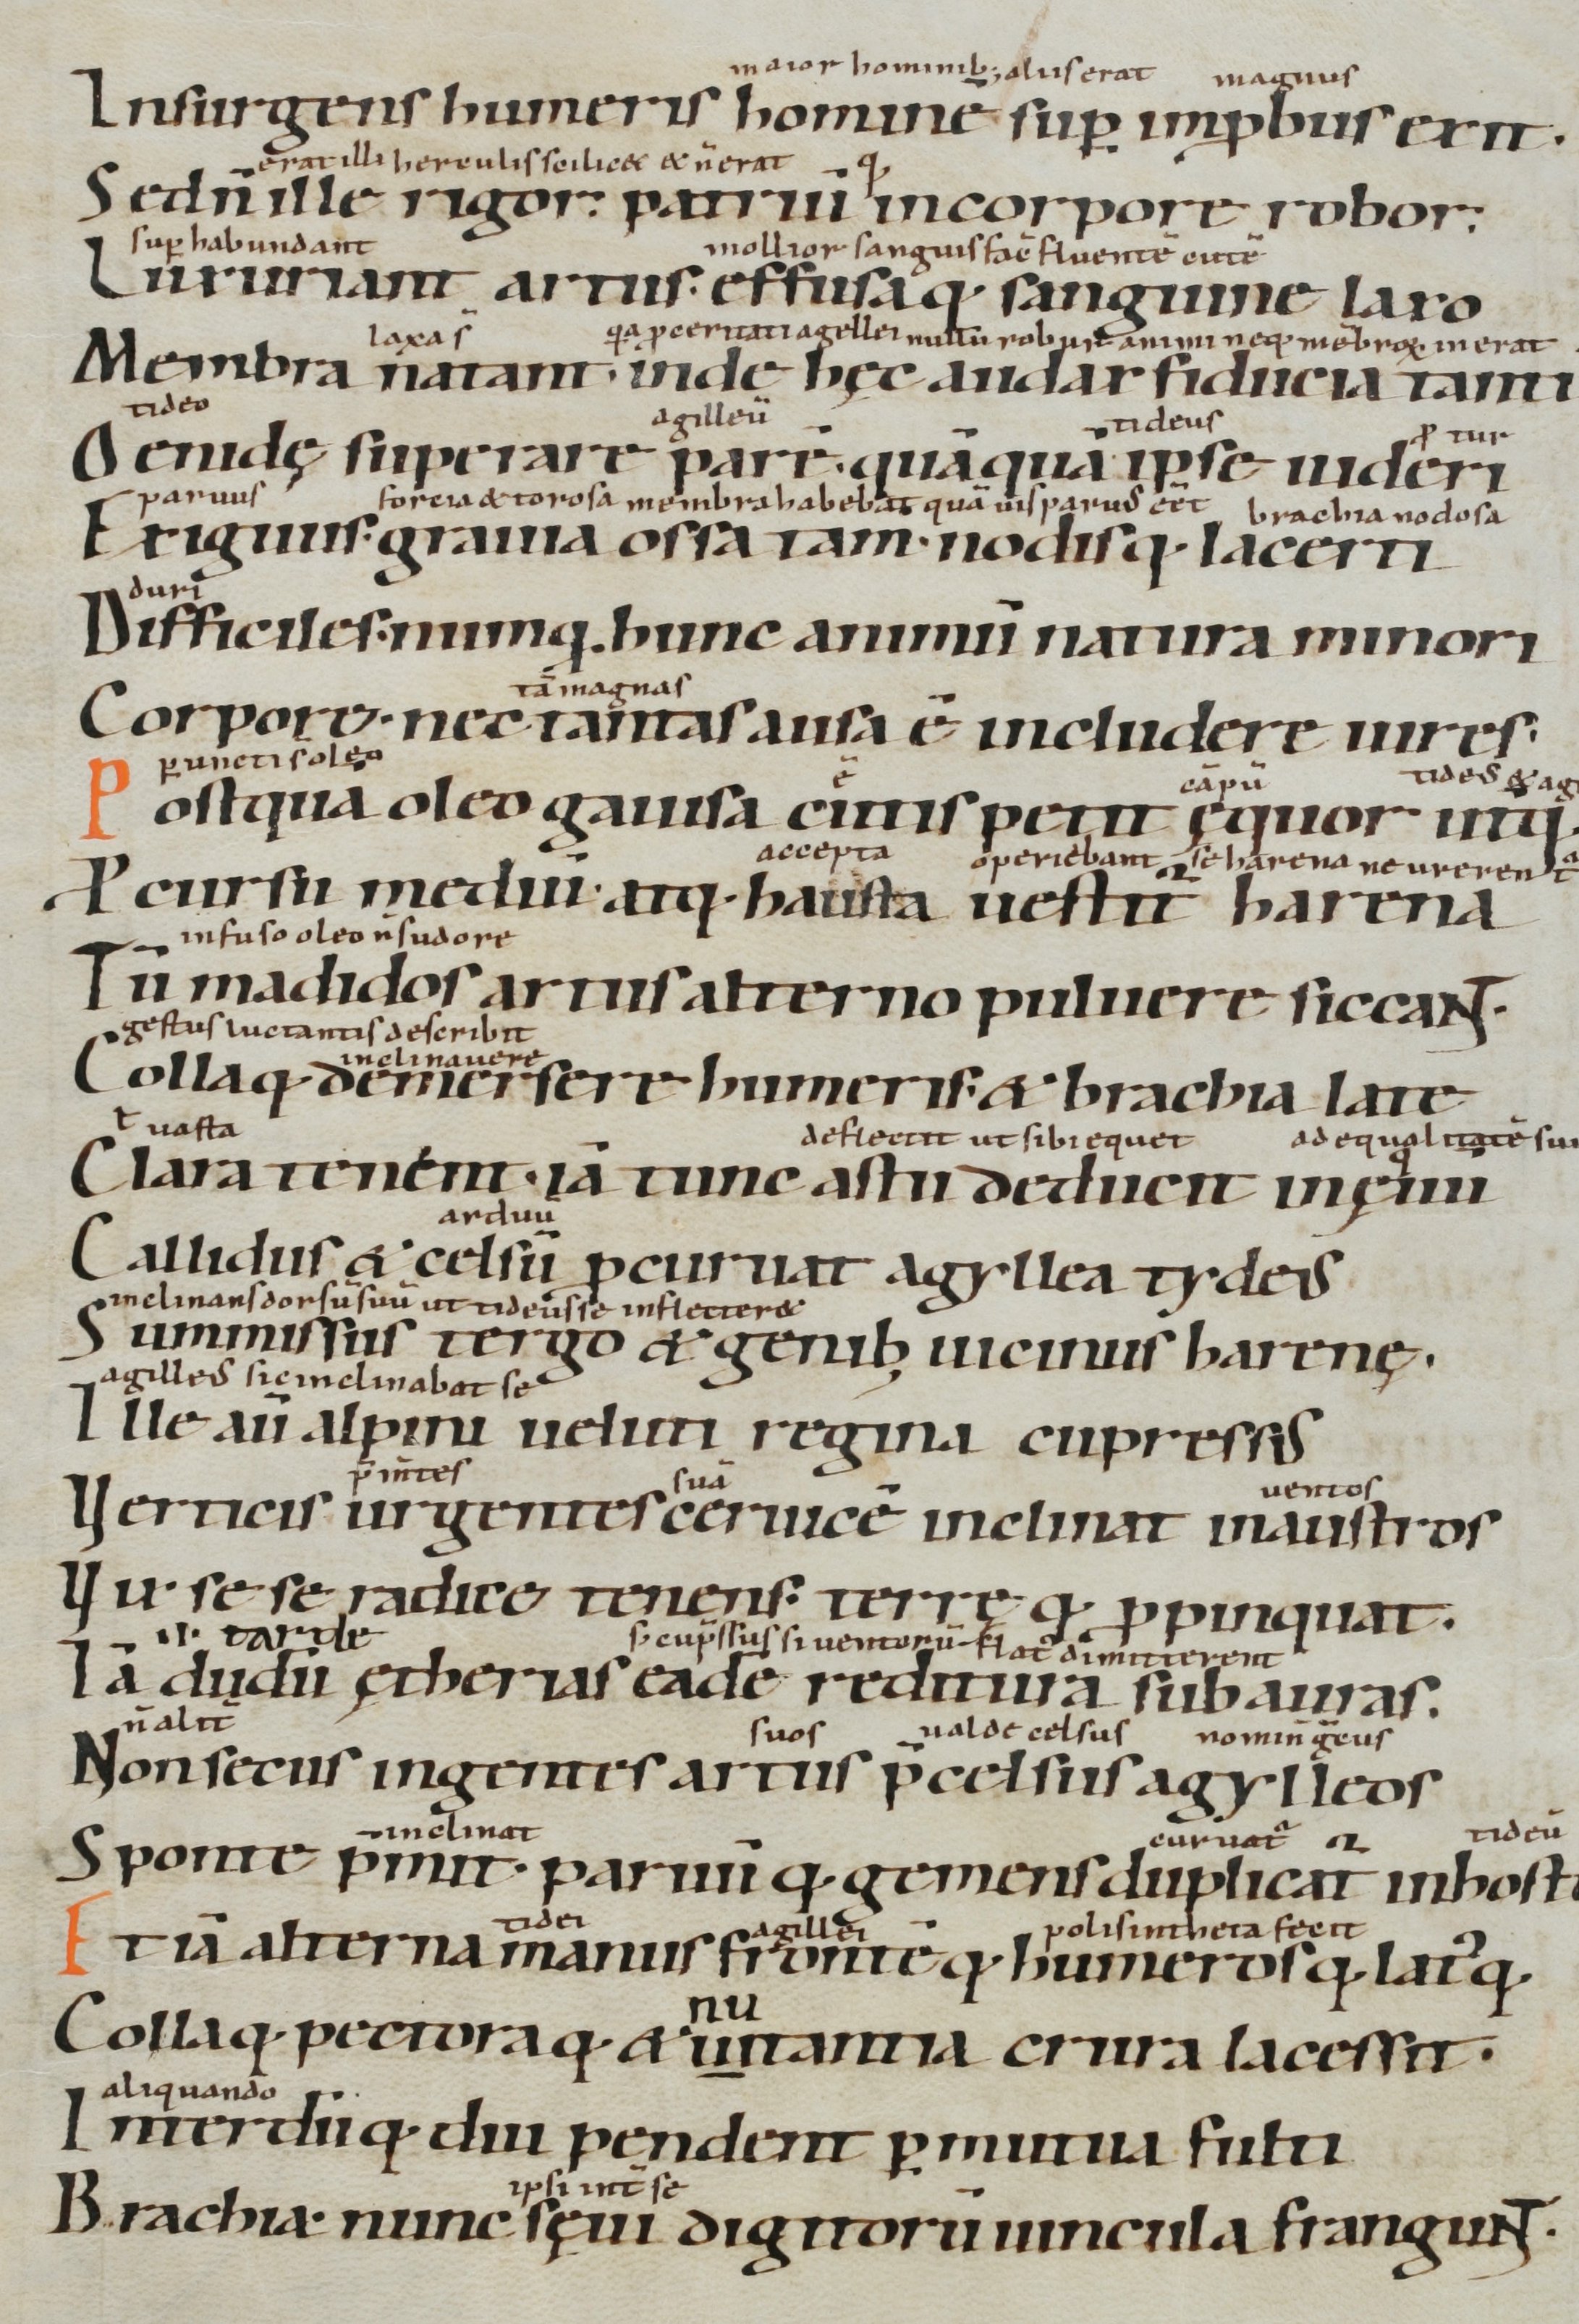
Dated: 900–1199